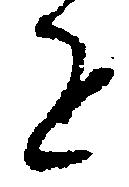
を